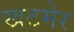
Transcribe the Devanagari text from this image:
खटमेर